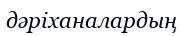
дәріханалардың